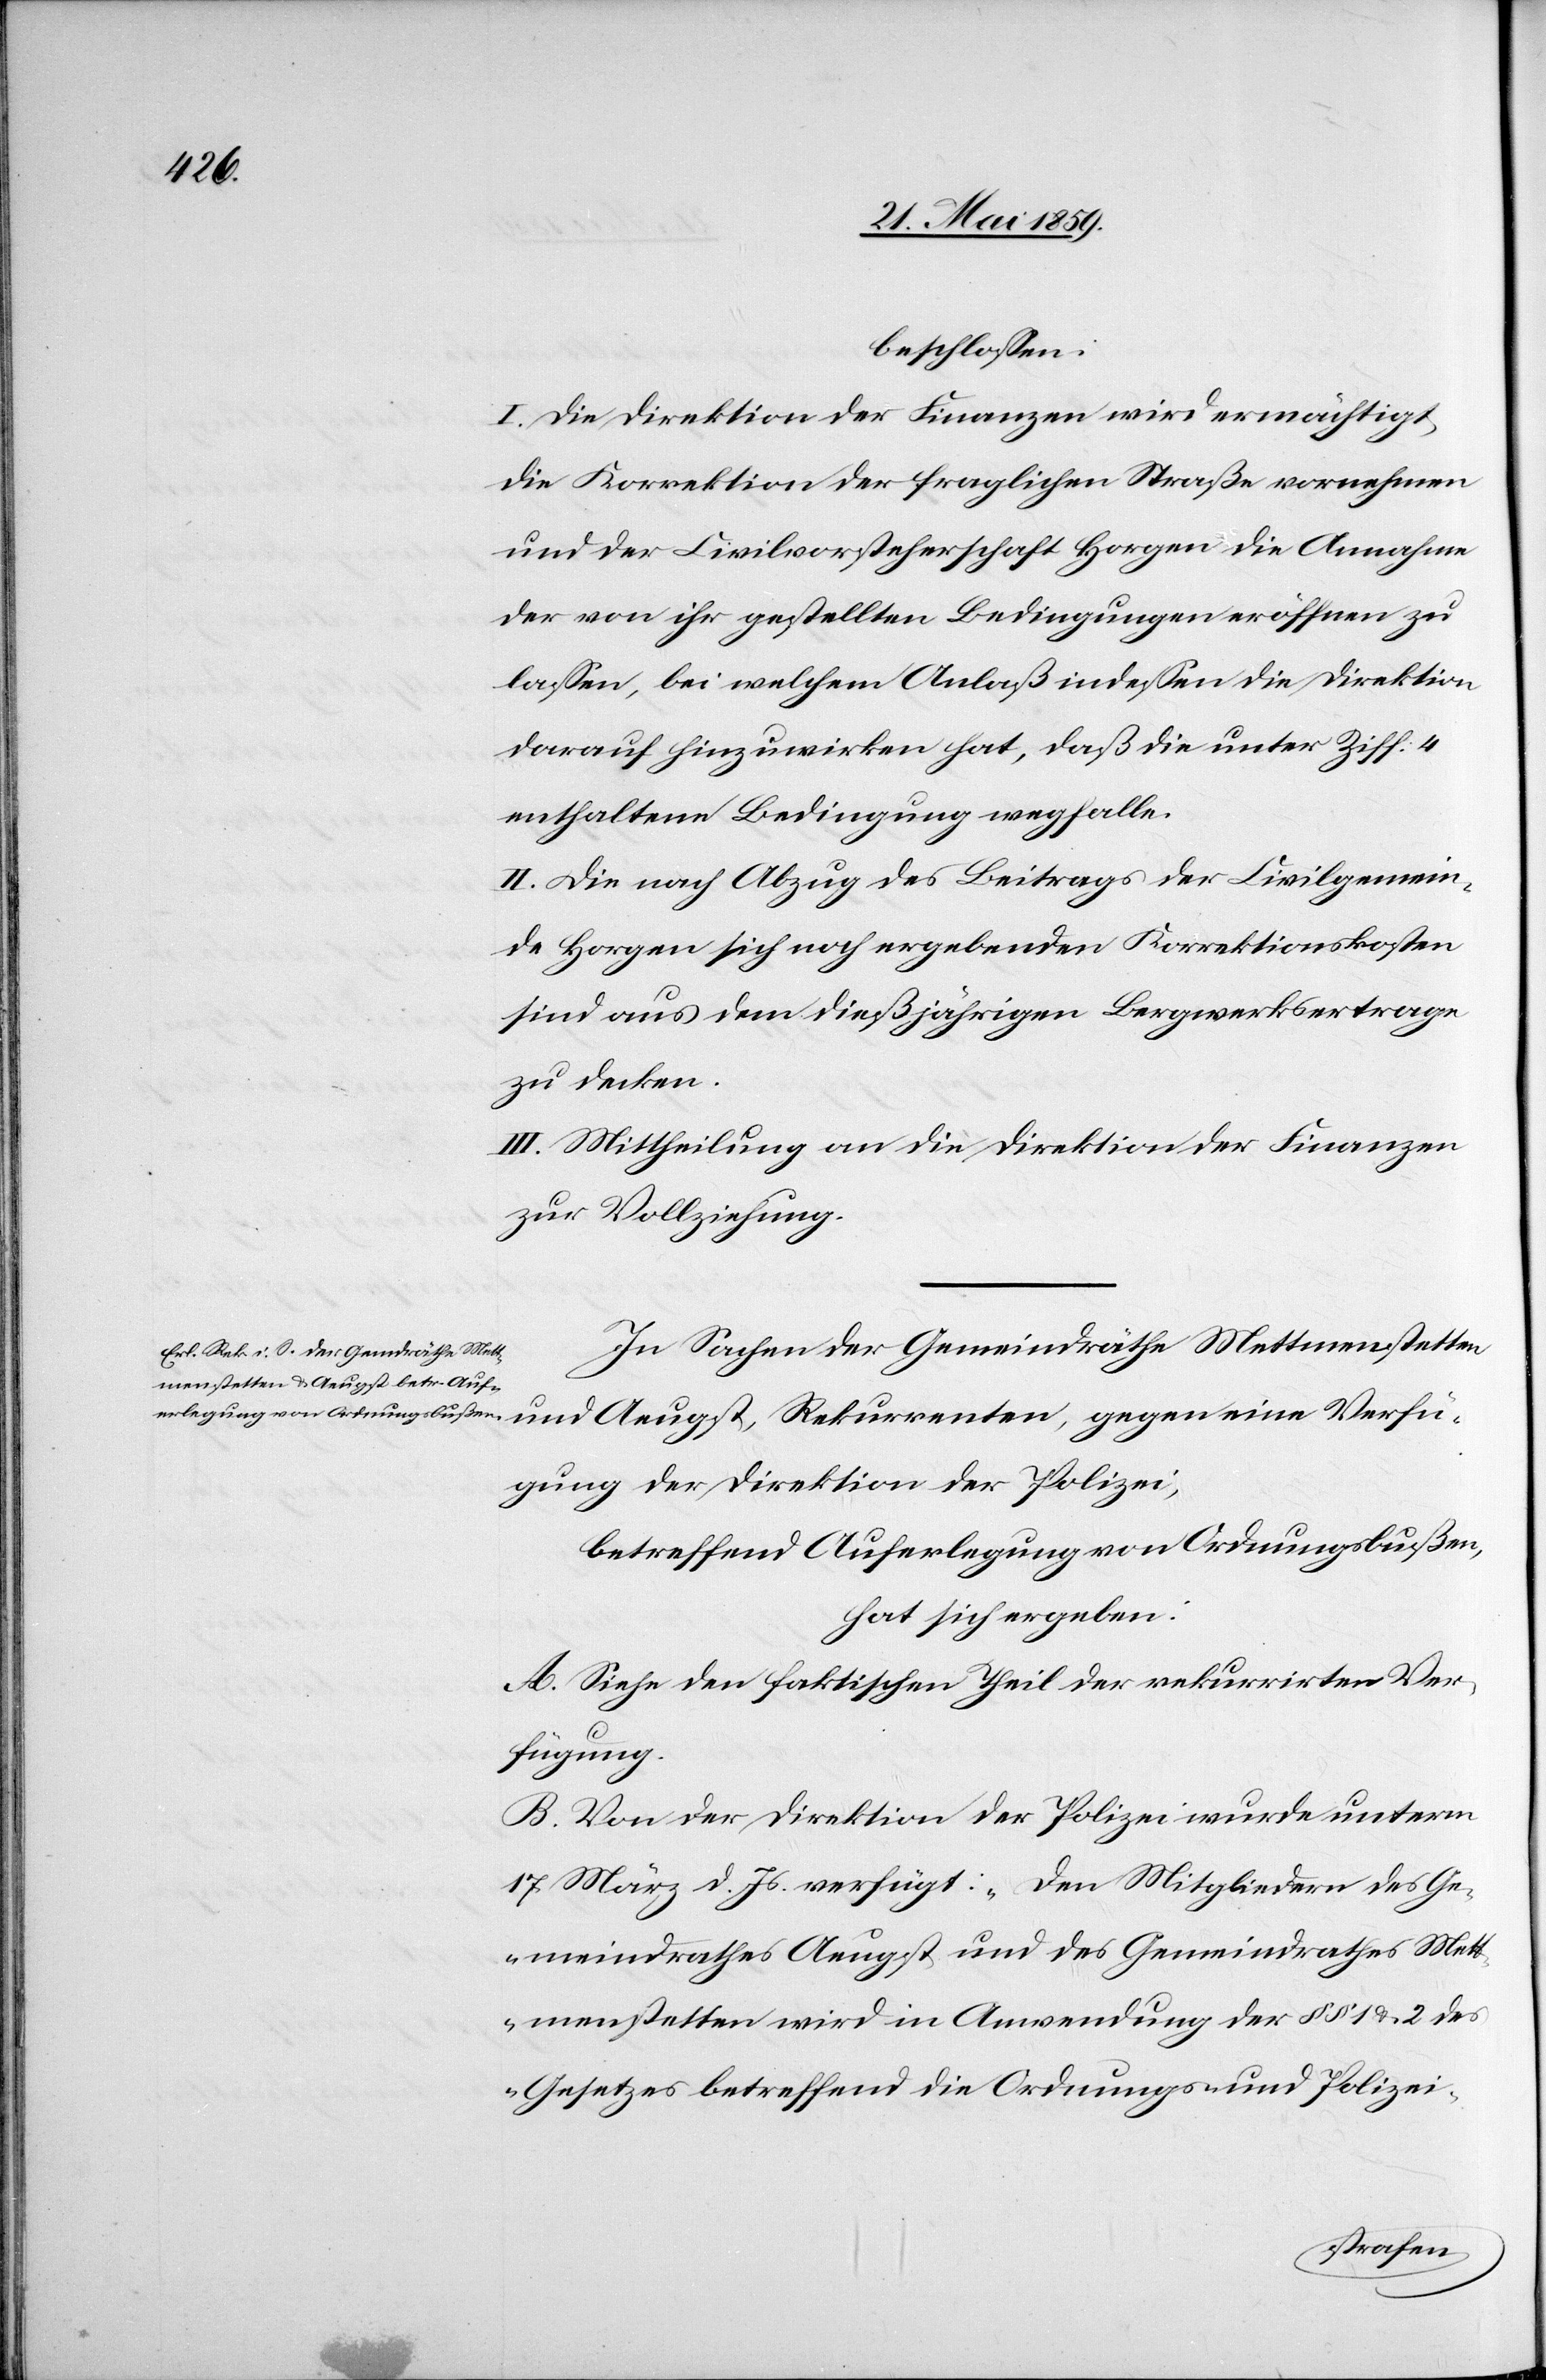
beschlossen:
I. Die Direktion der Finanzen wird ermächtigt,
die Korrektion der fraglichen Straße vornehmen
und der Civilvorsteherschaft Horgen die Annahme
der von ihr gestellten Bedingungen eröffnen zu
lassen, bei welchem Anlaß indessen die Direktion
darauf hinzuwirken hat, daß die unter Ziff. 4
enthaltene Bedingung wegfalle.
II. Die nach Abzug des Beitrages der Civilgemein¬
de Horgen sich noch ergebenden Korrektionskosten
sind aus dem dießjährigen Bergwerksertrage
zu decken.
III. Mittheilung an die Direktion der Finanzen
zur Vollziehung.
In Sachen der Gemeindräthe Mettmenstetten
und Aeugst, Rekurrenten, gegen eine Verfü¬
gung der Direktion der Polizei,
betreffend Auferlegung von Ordnungsbußen,
hat sich ergeben:
A. Siehe den faktischen Theil der rekurrirten Ver¬
fügung.
B. Von der Direktion der Polizei wurde unterm
17. März d. Js. verfügt: „Den Mitgliedern des Ge¬
meindrathes Aeugst und des Gemeindrathes Mett¬
menstetten wird in Anwendung der §§ 1 u. 2 des
Gesetzes betreffend die Ordnungs- und Polizei-